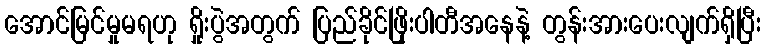
အောင်မြင်မှုမရဟု ရှိုးပွဲအတွက် ပြည်ခိုင်ဖြိုးပါတီအနေနဲ့ တွန်းအားပေးလျက်ရှိပြီး